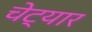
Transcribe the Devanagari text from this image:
चेट्यार